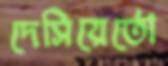
দেসিয়ের্তো